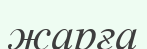
жарға